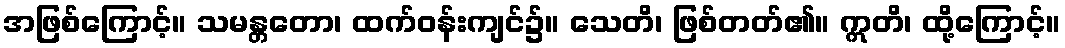
အဖြစ်ကြောင့်။ သမန္တတော၊ ထက်ဝန်းကျင်၌။ သေတိ၊ ဖြစ်တတ်၏။ ဣတိ၊ ထို့ကြောင့်။